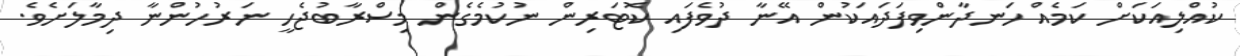
ކުއްލިއަކަށް ކަމެއް ހަނދާންވިފަދައަކުން އޭނާ ދުވެފައި ކޮޓަރިން ނުކުމެގެން މިސްރާބުޖެހީ ނަރުހުންނާ ދިމާލަށެވެ.